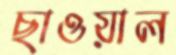
ছাওয়াল